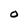
Character: O